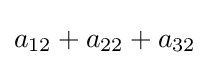
a_{12}+a_{22}+a_{32}